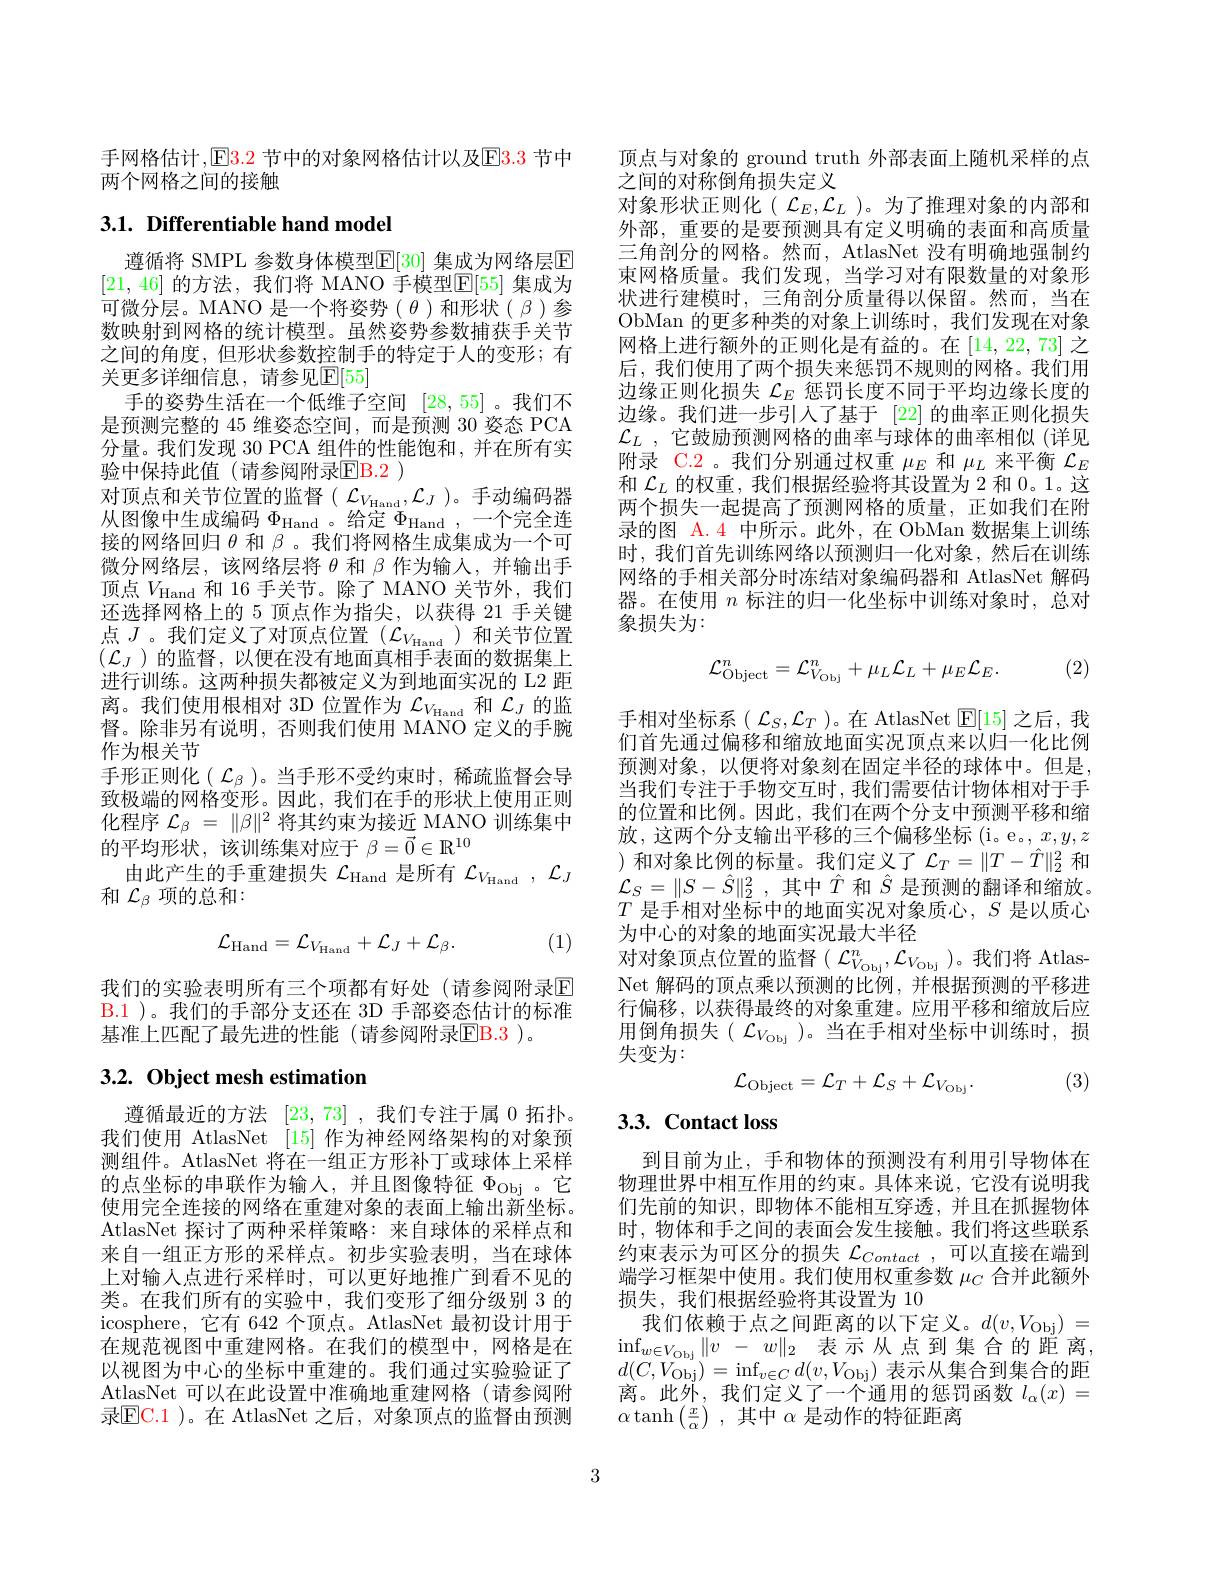
手网格估计，E3.2 节中的对象网格估计以及$\color{red}{\mathrm{E}}\color{blue}{\mathrm{E}}\color{red}{\mathrm{3.3}}$ 节中
两个网格之间的接触

## 3.1. Differentiable hand model

遵循将 SMPL 参数身体模型$\overline{\mathbb{E}}[30]$ 集成为网络层$\mathbb{E}$ [21,46] 的方法，我们将 MANO 手模型$\mathbb{E}[55]$ 集成为可微分层。MANO 是一个将姿势( $\theta$)和形状( $\beta$)参数映射到网格的统计模型。虽然姿势参数捕获手关节之间的角度，但形状参数控制手的特定于人的变形；有关更多详细信息，请参见$\mathbb{E}[55]$
手的姿势生活在一个低维子空间[28,55] 。我们不是预测完整的 45 维姿态空间，而是预测 30 姿态 PCA 分量。我们发现 30 PCA 组件的性能饱和，并在所有实验中保持此值(请参阅附录EB. 2 )
对顶点和关节位置的监督( $\mathcal{L}_V_\mathrm{Hand},\mathcal{L}_J)$。手动编码器从图像中生成编码$\Phi_\mathrm{Hand}$ 。给定$\Phi_\mathrm{Hand}$,一个完全连接的网络回归$\theta$和$\beta$ 。我们将网格生成集成为一个可微分网络层，该网络层将$\theta$和$\beta$作为输入，并输出手顶点$V_\mathrm{Hand}$和 16 手关节。除了 MANO 关节外，我们还选择网格上的 5 顶点作为指尖，以获得 21 手关键点$J$。我们定义了对顶点位置($\mathcal{L}_V_\mathrm{Hand})$和关节位置$(\mathcal{L}_J)$的监督，以便在没有地面真相手表面的数据集上进行训练。这两种损失都被定义为到地面实况的 L2 距离。我们使用根相对 3D 位置作为$\mathcal{L}_V_\mathrm{Hand}$和$\mathcal{L}_J$的监督。除非另有说明，否则我们使用 MANO 定义的手腕作为根关节
手形正则化( $\mathcal{L}_\beta$ )。当手形不受约束时，稀疏监督会导致极端的网格变形。因此，我们在手的形状上使用正则化程序$\mathcal{L}_\beta=\|\beta\|^2$将其约束为接近 MANO 训练集中的平均形状，该训练集对应于$\beta=\vec{0}\in\mathbb{R}^{10}$
由此产生的手重建损失$\mathcal{L}_\mathrm{Hand}$是所有$\mathcal{L}_V_\mathrm{Hand},\mathcal{L}_J$
和$\mathcal{L}_\beta$项的总和：

(1)
$$\mathcal{L}_{\mathrm{Hand}}=\mathcal{L}_{V_{\mathrm{Hand}}}+\mathcal{L}_{J}+\mathcal{L}_{\beta}.$$
我们的实验表明所有三个项都有好处(请参阅附录$\mathbb{E}$ B.1 )。我们的手部分支还在 3D 手部姿态估计的标准基准上匹配了最先进的性能(请参阅附录$\textcircled{\mathrm{EB.3}}$)。

# 3.2. Object mesh estimation

遵循最近的方法[23,73] ,我们专注于属 0 拓扑。我们使用 AtlasNet [15] 作为神经网络架构的对象预测组件。AtlasNet 将在一组正方形补丁或球体上采样的点坐标的串联作为输入，并且图像特征$\Phi_\mathrm{Obj}$。它使用完全连接的网络在重建对象的表面上输出新坐标。AtlasNet 探讨了两种采样策略：来自球体的采样点和来自一组正方形的采样点。初步实验表明，当在球体上对输入点进行采样时，可以更好地推广到看不见的类。在我们所有的实验中，我们变形了细分级别 3 的icosphere, 它有 642 个顶点。AtlasNet 最初设计用于在规范视图中重建网格。在我们的模型中，网格是在以视图为中心的坐标中重建的。我们通过实验验证了AtlasNet 可以在此设置中准确地重建网格(请参阅附录EC. 1 ) 。在 AtlasNet 之 后 , 对 象 顶 点 的 监 督 由 预 测

顶点与对象的 ground truth 外部表面上随机采样的点
之间的对称倒角损失定义
对象形状正则化( $\mathcal{L}_E,\mathcal{L}_L$ )。为了推理对象的内部和外部，重要的是要预测具有定义明确的表面和高质量三角剖分的网格。然而，AtlasNet 没有明确地强制约束网格质量。我们发现，当学习对有限数量的对象形状进行建模时，三角剖分质量得以保留。然而，当在ObMan 的更多种类的对象上训练时，我们发现在对象网格上进行额外的正则化是有益的。在$\left[14,22,73\right]$之后，我们使用了两个损失来惩罚不规则的网格。我们用边缘正则化损失$\mathcal{L}_E$惩罚长度不同于平均边缘长度的边缘。我们进一步引人了基于[22]的曲率正则化损失$\mathcal{L}_L$ ,它鼓励预测网格的曲率与球体的曲率相似(详见附录 C.2 。我们分别通过权重$\mu_E$和$\mu_L$来平衡$\mathcal{L}_E$ 和$\mathcal{L}_L$的权重，我们根据经验将其设置为 2 和 0。1。这两个损失一起提高了预测网格的质量，正如我们在附录的图 A. 4 中所示。此外，在 ObMan 数据集上训练时，我们首先训练网络以预测归一化对象，然后在训练网络的手相关部分时冻结对象编码器和 AtlasNet 解码器。在使用$n$标注的归一化坐标中训练对象时，总对象损失为：

(2)
$$\mathcal{L}_{\mathrm{Object}}^{n}=\mathcal{L}_{V_{\mathrm{Obj}}}^{n}+\mu_{L}\mathcal{L}_{L}+\mu_{E}\mathcal{L}_{E}.$$
手相对坐标系( $\mathcal{L}_S,\mathcal{L}_T)$。在 AtlasNet $\mathbb{E}[15]$之后，我们首先通过偏移和缩放地面实况顶点来以归一化比例预测对象，以便将对象刻在固定半径的球体中。但是， 当我们专注于手物交互时，我们需要估计物体相对于手的位置和比例。因此，我们在两个分支中预测平移和缩放，这两个分支输出平移的三个偏移坐标 (i。e。, $x,y,z$ )和对象比例的标量。我们定义了$\mathcal{L}_T=\|T-\hat{T}\|_2^2$ 和$\mathcal{L} _S= \| S- \hat{S} \| _2^2$ ,其中$\hat{T}$和$\hat{S}$是预测的翻译和缩放。$T$是手相对坐标中的地面实况对象质心，$S$是以质心为中心的对象的地面实况最大半径
对对象顶点位置的监督( $\mathcal{L}_{V_\mathrm{Obj}}^n,\mathcal{L}_{V_\mathrm{Obj}}$ )。我们将 AtlasNet 解码的顶点乘以预测的比例，并根据预测的平移进行偏移，以获得最终的对象重建。应用平移和缩放后应用倒角损失( $\mathcal{L}_{V_{\mathrm{Obj}}}$)。当在手相对坐标中训练时，损失变为：
$$\mathcal{L}_{\mathrm{Object}}=\mathcal{L}_{T}+\mathcal{L}_{S}+\mathcal{L}_{V_{\mathrm{Obj}}}.$$
(3)

# 3.3. Contact loss

到目前为止，手和物体的预测没有利用引导物体在物理世界中相互作用的约束。具体来说，它没有说明我们先前的知识，即物体不能相互穿透，并且在抓握物体时，物体和手之间的表面会发生接触。我们将这些联系约束表示为可区分的损失 $\mathcal{L}_{Contact}$,可以直接在端到端学习框架中使用。我们使用权重参数$\mu_C$合并此额外损失，我们根据经验将其设置为 10
我们依赖于点之间距离的以下定义。$d(v,V_\mathrm{Obj})=$ $\operatorname* { inf} _{w\in V_{\mathrm{Obj}}}\| v$ - $w\| _{2}$ 表示从点到集合的距离， $d(C,V_{\mathrm{Obj}})=\operatorname*{inf}_{v\in C}d(v,V_{\mathrm{Obj}})$表示从集合到集合的距离。此外，我们定义了一个通用的惩罚函数$l_\alpha(x)=$ $\alpha\tanh\left(\frac{x}{\alpha}\right)$,其中$\alpha$是动作的特征距离

3